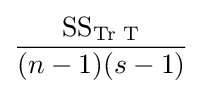
{\dfrac {{\text{SS}}_{\text{Tr T}}}{(n-1)(s-1)}}